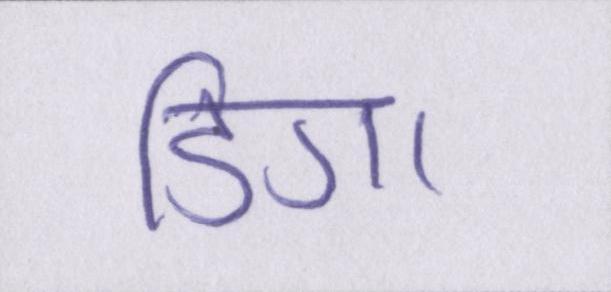
डिगा